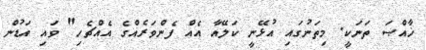
ޚާއްޞަ ތަނަކީ. މިތަނުގައި އުޅޭނީ ކަލޭއާ އެއް ފެންވަރެއްގެ އެއްޗެހި" ވައި އަޑުން